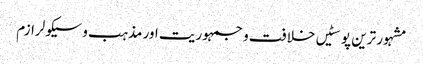
مشہور ترین پوسٹیں	خلافت و جمہوریت اور مذہب و سیکولرازم